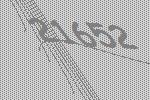
21652